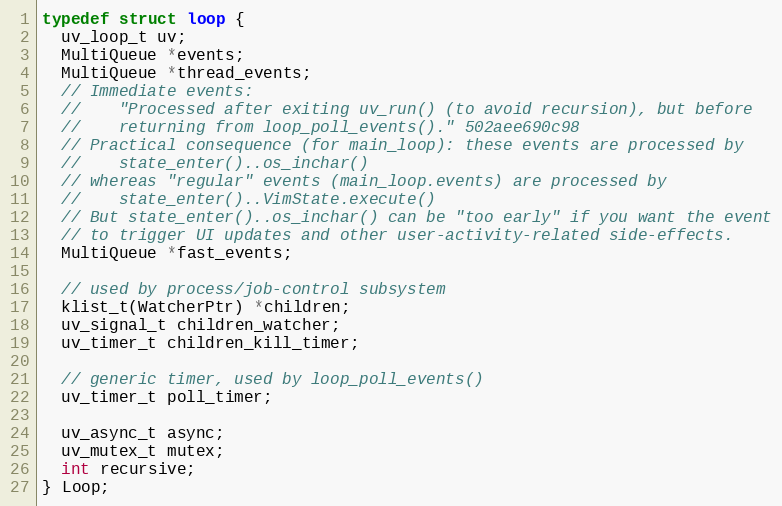
Language: C
typedef struct loop {
  uv_loop_t uv;
  MultiQueue *events;
  MultiQueue *thread_events;
  // Immediate events:
  //    "Processed after exiting uv_run() (to avoid recursion), but before
  //    returning from loop_poll_events()." 502aee690c98
  // Practical consequence (for main_loop): these events are processed by
  //    state_enter()..os_inchar()
  // whereas "regular" events (main_loop.events) are processed by
  //    state_enter()..VimState.execute()
  // But state_enter()..os_inchar() can be "too early" if you want the event
  // to trigger UI updates and other user-activity-related side-effects.
  MultiQueue *fast_events;

  // used by process/job-control subsystem
  klist_t(WatcherPtr) *children;
  uv_signal_t children_watcher;
  uv_timer_t children_kill_timer;

  // generic timer, used by loop_poll_events()
  uv_timer_t poll_timer;

  uv_async_t async;
  uv_mutex_t mutex;
  int recursive;
} Loop;